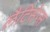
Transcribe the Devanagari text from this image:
लैटिसेप्स